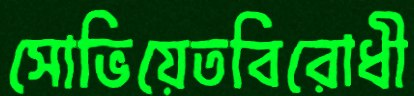
সোভিয়েতবিরোধী